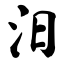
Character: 汨